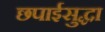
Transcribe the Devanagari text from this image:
छपाईसुद्धा